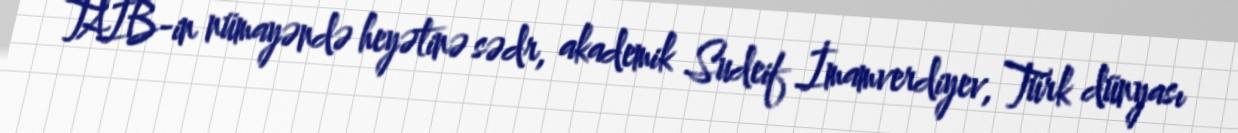
TAİB-in nümayəndə heyətinə sədr, akademik Sudeif İmamverdiyev, Türk dünyası